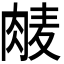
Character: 𮌕